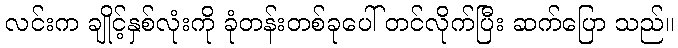
လင်းက ချိုင့်နှစ်လုံးကို ခုံတန်းတစ်ခုပေါ် တင်လိုက်ပြီး ဆက်ပြော သည်။